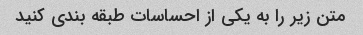
متن زیر را به یکی از احساسات طبقه بندی کنید